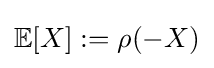
\mathbb {E} [X]:=\rho (-X)